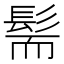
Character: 髵